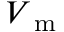
V _ { \mathrm { ~ m ~ } }